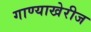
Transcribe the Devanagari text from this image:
गाण्याखेरीज